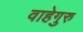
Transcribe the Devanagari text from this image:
वाहेगुरु